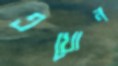
এখোন